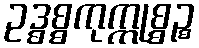
ဥဒ္ဓစ္စကုက္ကုစ္စဉ္စ